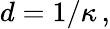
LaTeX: d=1/\kappa\, ,